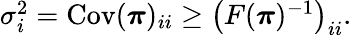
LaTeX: \begin{array}{r}{\sigma_{i}^{2}=\mathrm{Cov}({\boldsymbol\pi})_{ii}\geq\left(F({\boldsymbol\pi})^{-1}\right)_{ii}.}\end{array}